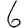
Digit: 6